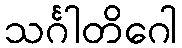
သင်္ဂါတိဂေါ